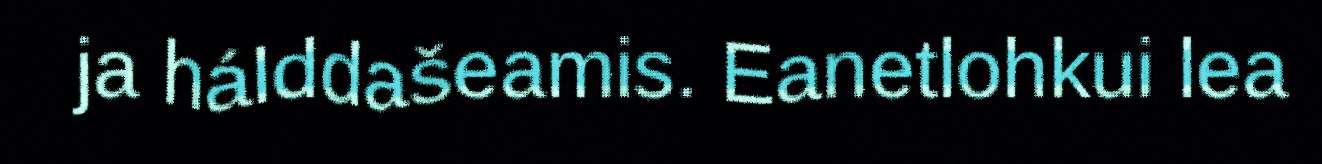
ja hálddašeamis. Eanetlohkui lea